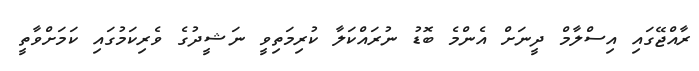
ރާއްޖޭގައި އިސްލާމް ދީނަށް އެންމެ ބޮޑު ނުރައްކަލާ ކުރިމަތިވީ ނަޝީދުގެ ވެރިކަމުގައި ކަމަށްވާތީ